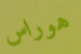
هوراس